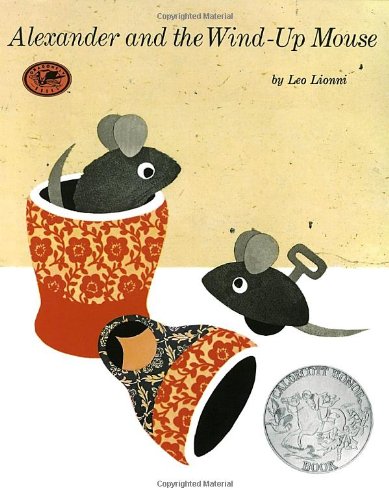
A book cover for Alexander and the Wind-Up Mouse (Pinwheel Books); Leo Lionni; Children's Books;